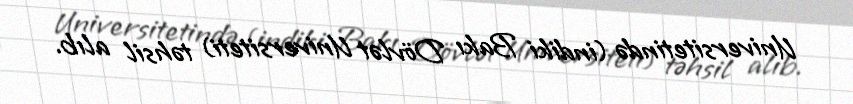
Universitetində (indiki Bakı Dövlət Universiteti) təhsil alıb.